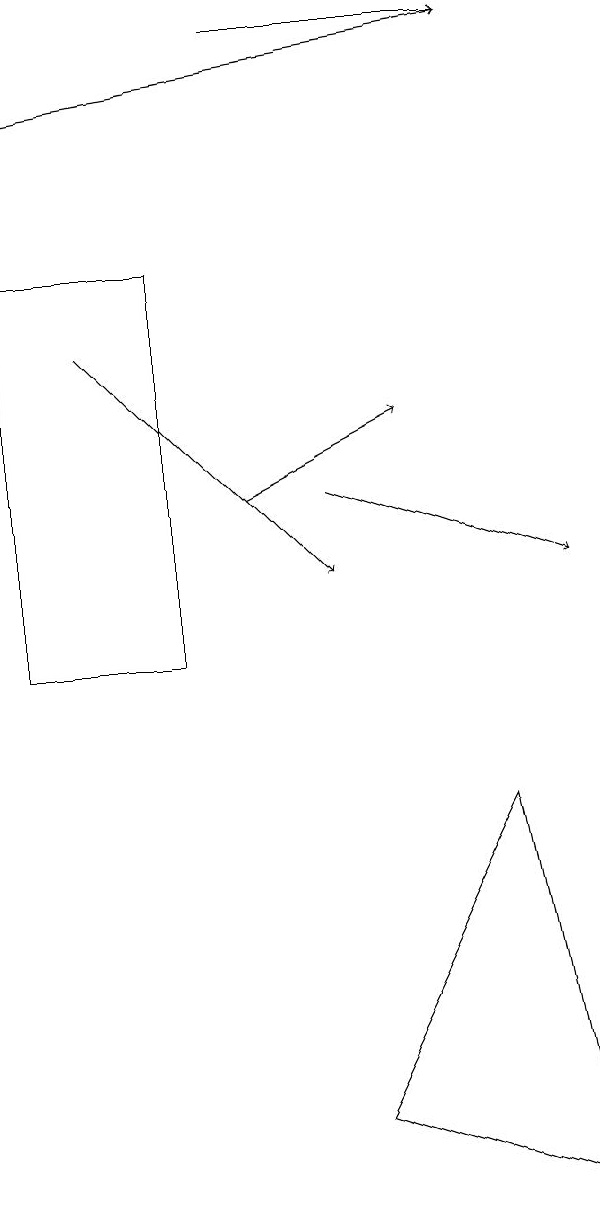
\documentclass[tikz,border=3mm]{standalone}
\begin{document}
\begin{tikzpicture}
\draw[->] (2,15) -- (5,12);
\draw[->] (1,18) -- (7,19);
\draw[->] (4,13) -- (6,14);
\draw[->] (5,13) -- (8,12);
\draw (5,5) -- (8,4) -- (7,9) -- cycle;
\draw (1,16) rectangle (3,11);
\draw[->] (4,19) -- (7,19);
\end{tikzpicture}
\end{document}